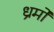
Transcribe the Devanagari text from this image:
ध्रर्मों